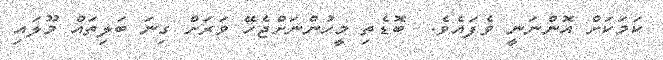
ކަމަކަށް އޮންނަނީ ވެފައެވެ.  ބޮޑެތި މީހުންނަށްޖެހޭ ވަރަށް ގިނަ ބަލިތައް މޫލައި